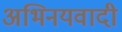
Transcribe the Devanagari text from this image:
अभिनयवादी